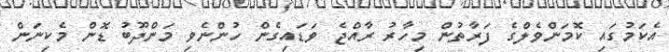
އެކަމުގައި ކޮމަންވެލްގެ ފަރާތުން މިހާރު ރާއްޖެ ވަޑައިގެން ހުންނެވި މަންދޫބު ޑޮން މެކިނަން